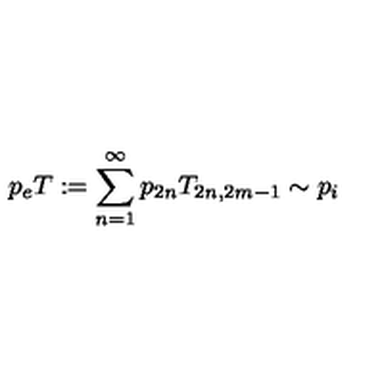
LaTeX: p _ { e } T : = \sum _ { n = 1 } ^ { \infty } p _ { 2 n } T _ { 2 n , 2 m - 1 } \sim p _ { i }